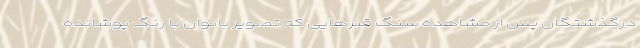
درگذشتگان پس از مشاهده سنگ قبرهایی که تصویر بانوان با رنگ پوشانده